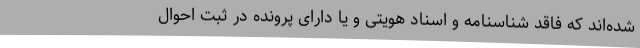
شده‌اند که فاقد شناسنامه و اسناد هویتی و یا دارای پرونده در ثبت احوال